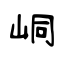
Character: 峒